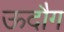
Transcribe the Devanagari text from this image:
ऊदौग